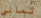
ثمانى